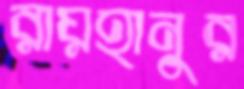
রায়হানুর